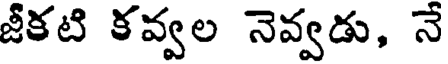
జీకటి కవ్వల నెవ్వడు, నే